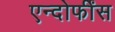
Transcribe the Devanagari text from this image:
एन्दोर्फींस